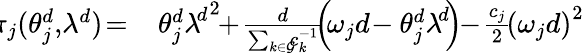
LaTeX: \begin{array}{rl}{\! \! \pi_{j}(\theta_{j}^{d},\! \lambda^{d})\! =}&{\ \! \theta_{j}^{d}{{\lambda\! }^{d}}^{2}\! \! +\! \frac{d}{\sum_{k\in\mathcal{G}}\! \! c_{k}^{-1}}\! \! \left(\! \omega_{j}d\! -\theta_{j}^{d}{{\lambda\! }^{d}}\! \right)\! \! -\! \frac{c_{j}}{2}\! {\left(\omega_{j}d\right)}^{2}}\end{array}